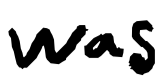
Text: was
Cross-out: clean
Writing tool: digital_black